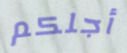
أجلكم